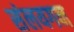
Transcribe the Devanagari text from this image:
संलयगन